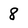
Character: 8